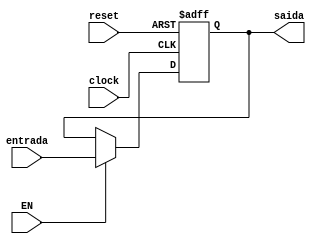
module registrador(saida, entrada, clock, reset, EN);
input [15:0] entrada;
input clock, reset, EN;
output reg [15:0] saida;

always @(negedge clock or posedge reset)
begin
if (reset) saida <= 16'h00;
else if (EN) saida <= entrada;
end

endmodule